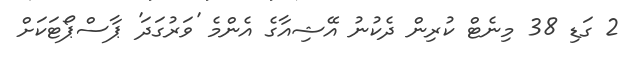
2 ގަޑި 38 މިނެޓް ކުރިން ދެކުނު އޭޝިއާގެ އެންމެ 'ވަރުގަދަ' ޕާސްޕޯޓަކަށް